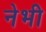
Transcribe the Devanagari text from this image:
नेभी